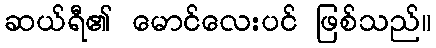
ဆယ်ရီ၏ မောင်လေးပင် ဖြစ်သည်။